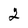
Character: 2